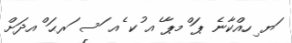
ަޔ ިހއްކާނެ ޕަ ްމޕާ ެއ ުކ ެއ ަސ ަރޙަ ްއދަށް